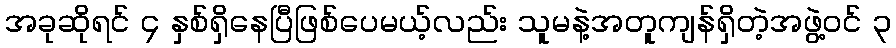
အခုဆိုရင် ၄ နှစ်ရှိနေပြီဖြစ်ပေမယ့်လည်း သူမနဲ့အတူကျန်ရှိတဲ့အဖွဲ့ဝင် ၃